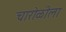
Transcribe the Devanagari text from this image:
चारोळीला